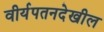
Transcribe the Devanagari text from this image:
वीर्यपतनदेखील